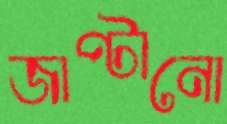
জাপ্‌টানো